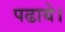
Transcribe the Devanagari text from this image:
पढाये।